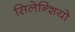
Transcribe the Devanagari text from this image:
सिलेन्शियो